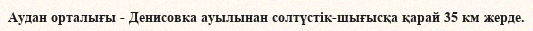
Аудан орталығы - Денисовка ауылынан солтүстік-шығысқа қарай 35 км жерде.